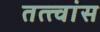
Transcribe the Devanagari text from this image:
तत्त्वांस